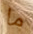
ما